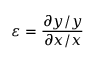
\varepsilon = { \frac { \partial y / y } { \partial x / x } }